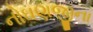
નોઘણજીના